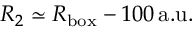
R _ { 2 } \simeq R _ { \mathrm { b o x } } - 1 0 0 \, \mathrm { a . u . }